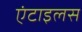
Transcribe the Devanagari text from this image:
एंटाइलस